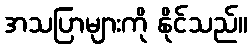
အသပြာများကို နိုင်သည်။